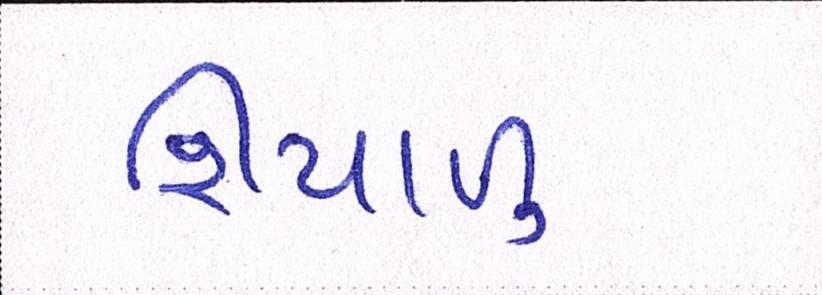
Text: શિયાળુ